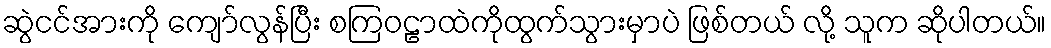
ဆွဲငင်အားကို ကျော်လွန်ပြီး စကြဝဠာထဲကိုထွက်သွားမှာပဲ ဖြစ်တယ် လို့ သူက ဆိုပါတယ်။